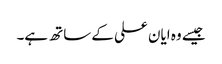
جیسے وہ ایان علی کے ساتھ ہے۔